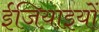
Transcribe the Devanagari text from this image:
ईजियाइयों